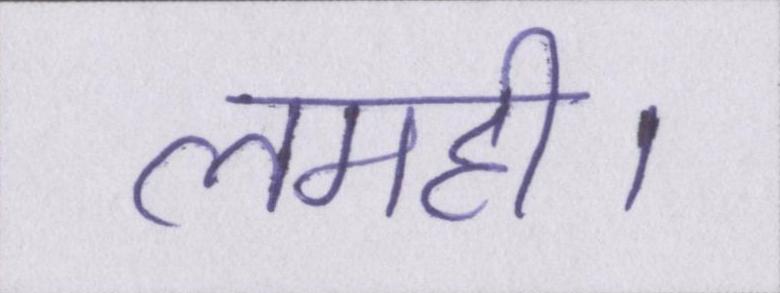
लमही।